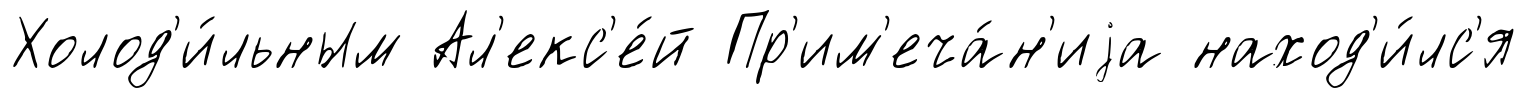
Холод'и́льным Ал'екс'е́й Пр'им'еча́н'иjа наход'и́лс'я